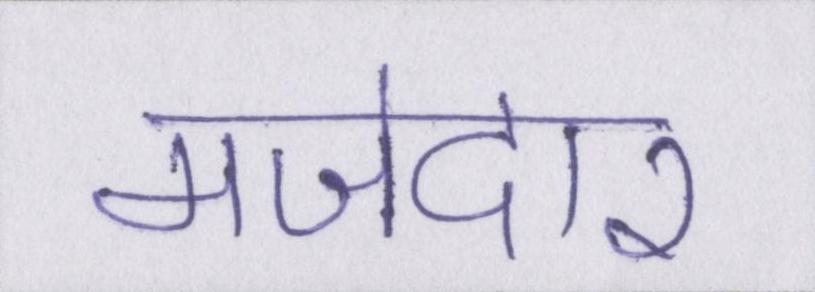
मजेदार